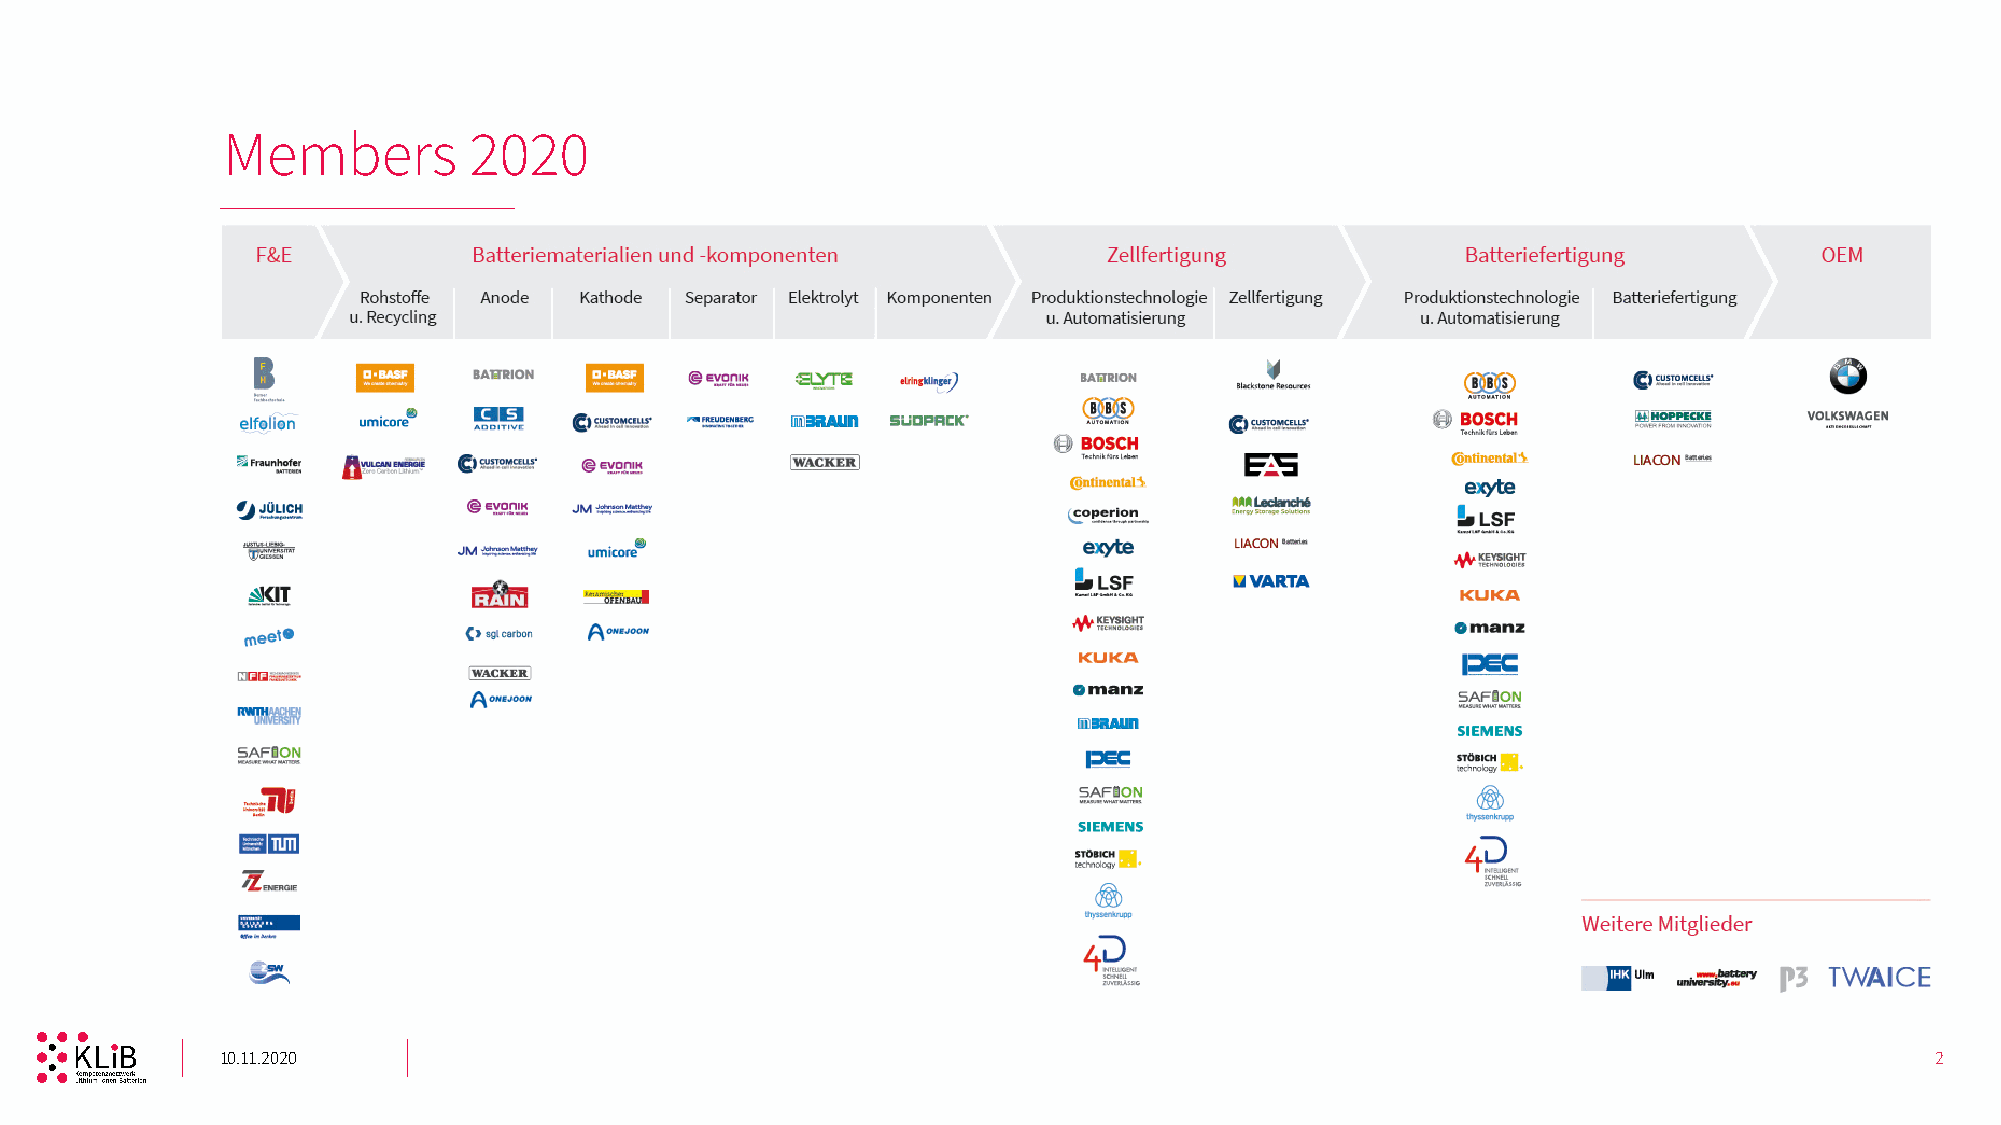
Members         2020
 10.11.2020                                                                                                       2